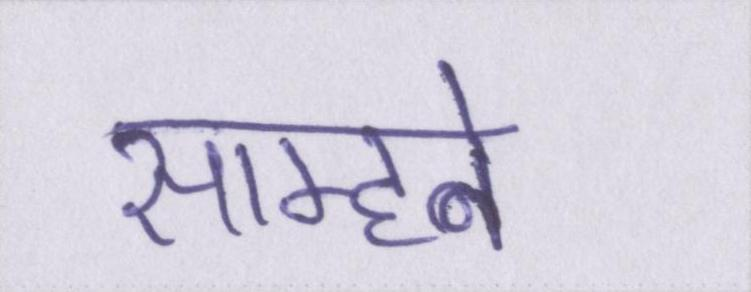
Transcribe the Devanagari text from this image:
साम्हने